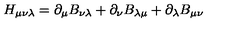
H _ { \mu \nu \lambda } = \partial _ { \mu } B _ { \nu \lambda } + \partial _ { \nu } B _ { \lambda \mu } + \partial _ { \lambda } B _ { \mu \nu }